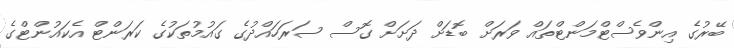
ބޭރުގެ އިންވެސްޓްމަންޓްތައް ވަރަށް ބޮޑަށް ދަށަށް ގޮސް ސަރަހައްދުގެ ގައުމުތަކުގެ ކަރަންޓް އެކައުންޓްގެ